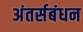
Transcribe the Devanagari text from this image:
अंतर्सबंधन